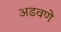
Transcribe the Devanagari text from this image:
अडवणे